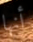
أنها